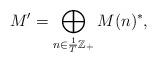
LaTeX: \begin{align*}M'=\bigoplus_{n\in\frac{1}{T}\mathbb{Z}_{+}}M(n)^{*},\end{align*}